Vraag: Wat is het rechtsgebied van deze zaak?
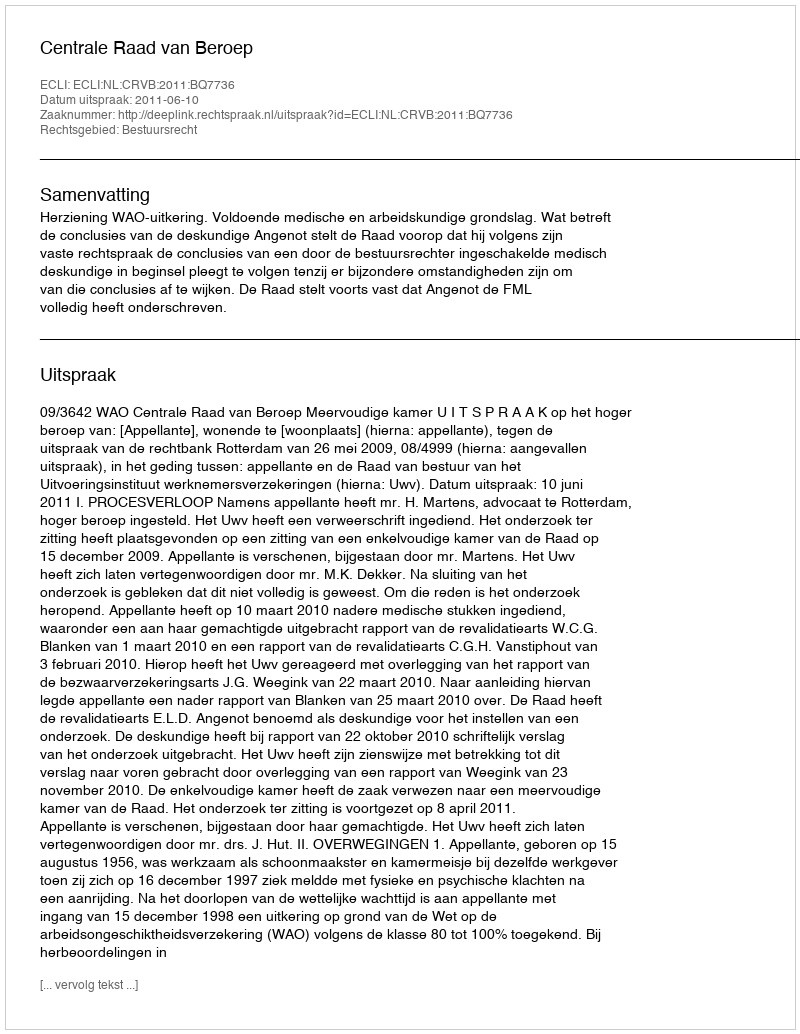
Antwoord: Bestuursrecht